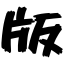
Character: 版